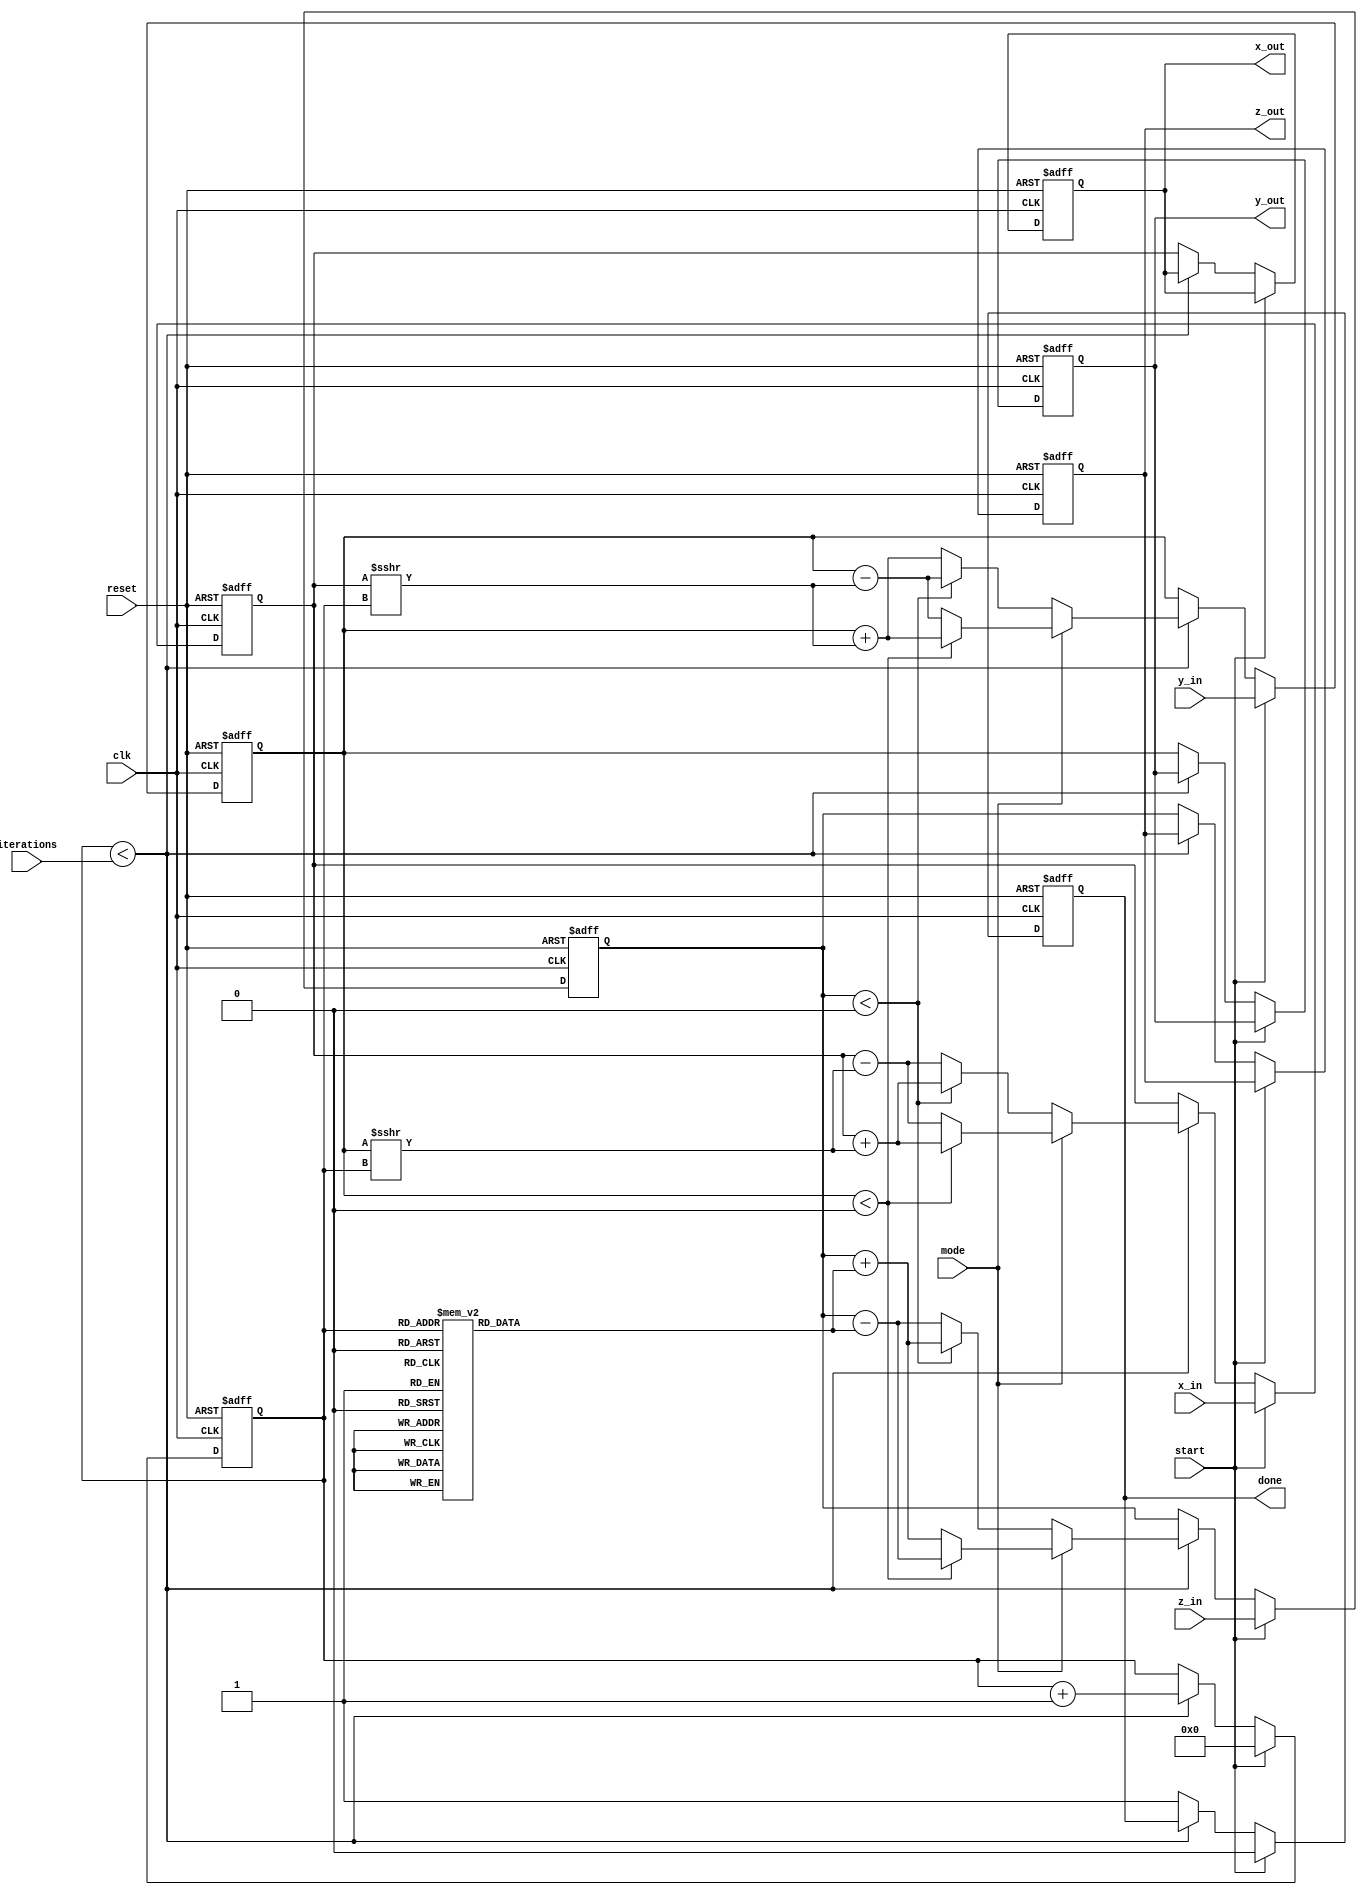
module cordic(
    input wire clk,
    input wire reset,
    input wire start,
    input wire [15:0] x_in, // Input x coordinate
    input wire [15:0] y_in, // Input y coordinate
    input wire [15:0] z_in, // Input angle in radians (for rotation mode)
    input wire mode, // 0 for rotation, 1 for vectoring
    input wire [3:0] iterations, // Number of iterations
    output reg [15:0] x_out, // Output x coordinate
    output reg [15:0] y_out, // Output y coordinate
    output reg [15:0] z_out, // Output angle or magnitude (for vectoring)
    output reg done // Indicates completion of computation
);

    // CORDIC LUT for arctangent values (in fixed-point format)
    reg [15:0] atan_table [0:15]; // Assuming max 16 iterations
    initial begin
        atan_table[0] = 16'h0000; // atan(0)
        atan_table[1] = 16'h3243; // atan(1/2^1)
        atan_table[2] = 16'h1DAC; // atan(1/2^2)
        atan_table[3] = 16'h1C71; // atan(1/2^3)
        atan_table[4] = 16'h1B7D; // atan(1/2^4)
        atan_table[5] = 16'h1B1E; // atan(1/2^5)
        atan_table[6] = 16'h1A7D; // atan(1/2^6)
        atan_table[7] = 16'h1A2D; // atan(1/2^7)
        atan_table[8] = 16'h19D9; // atan(1/2^8)
        atan_table[9] = 16'h19A0; // atan(1/2^9)
        atan_table[10] = 16'h197C; // atan(1/2^10)
        atan_table[11] = 16'h195A; // atan(1/2^11)
        atan_table[12] = 16'h193B; // atan(1/2^12)
        atan_table[13] = 16'h191F; // atan(1/2^13)
        atan_table[14] = 16'h1905; // atan(1/2^14)
        atan_table[15] = 16'h18ED; // atan(1/2^15)
    end

    reg [15:0] x, y, z;
    reg [3:0] count;
    reg [15:0] x_temp, y_temp, z_temp;

    always @(posedge clk or posedge reset) begin
        if (reset) begin
            x <= 0;
            y <= 0;
            z <= 0;
            count <= 0;
            done <= 0;
            x_out <= 0;
            y_out <= 0;
            z_out <= 0;
        end else if (start) begin
            x <= x_in;
            y <= y_in;
            z <= z_in;
            count <= 0;
            done <= 0;
        end else if (count < iterations) begin
            // CORDIC iteration
            if (mode == 0) begin // Rotation mode
                if (z < 0) begin
                    x_temp = x + (y >>> count);
                    y_temp = y - (x >>> count);
                    z_temp = z + atan_table[count];
                end else begin
                    x_temp = x - (y >>> count);
                    y_temp = y + (x >>> count);
                    z_temp = z - atan_table[count];
                end
            end else begin // Vectoring mode
                if (y < 0) begin
                    x_temp = x + (y >>> count);
                    y_temp = y + (x >>> count);
                    z_temp = z - atan_table[count];
                end else begin
                    x_temp = x - (y >>> count);
                    y_temp = y - (x >>> count);
                    z_temp = z + atan_table[count];
                end
            end

            // Update values for next iteration
            x <= x_temp;
            y <= y_temp;
            z <= z_temp;
            count <= count + 1;
        end else begin
            // Store results and signal completion
            x_out <= x;
            y_out <= y;
            z_out <= z;
            done <= 1;
        end
    end
endmodule